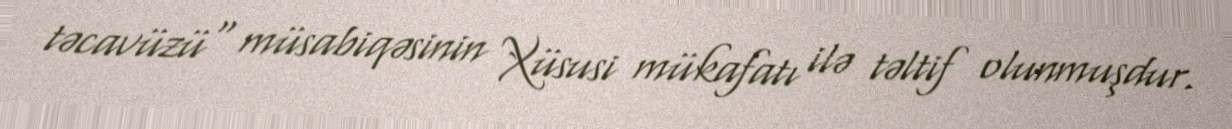
təcavüzü" müsabiqəsinin Xüsusi mükafatı ilə təltif olunmuşdur.